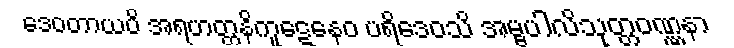
ဒေဝတာယပိ အရဟတ္တနိကူဋေနေဝ ပရိဒေဝသိ အမ္ဗပါလိသုတ္တဝဏ္ဏနာ